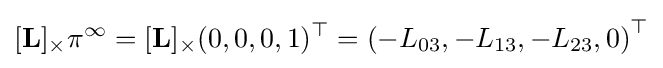
[\mathbf {L} ]_{\times }\pi ^{\infty }=[\mathbf {L} ]_{\times }(0,0,0,1)^{\top }=\left(-L_{03},-L_{13},-L_{23},0\right)^{\top }